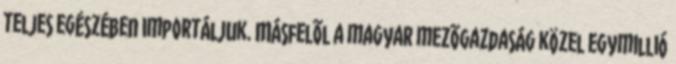
teljes egészében importáljuk. Másfelõl a magyar mezõgazdaság közel egymillió